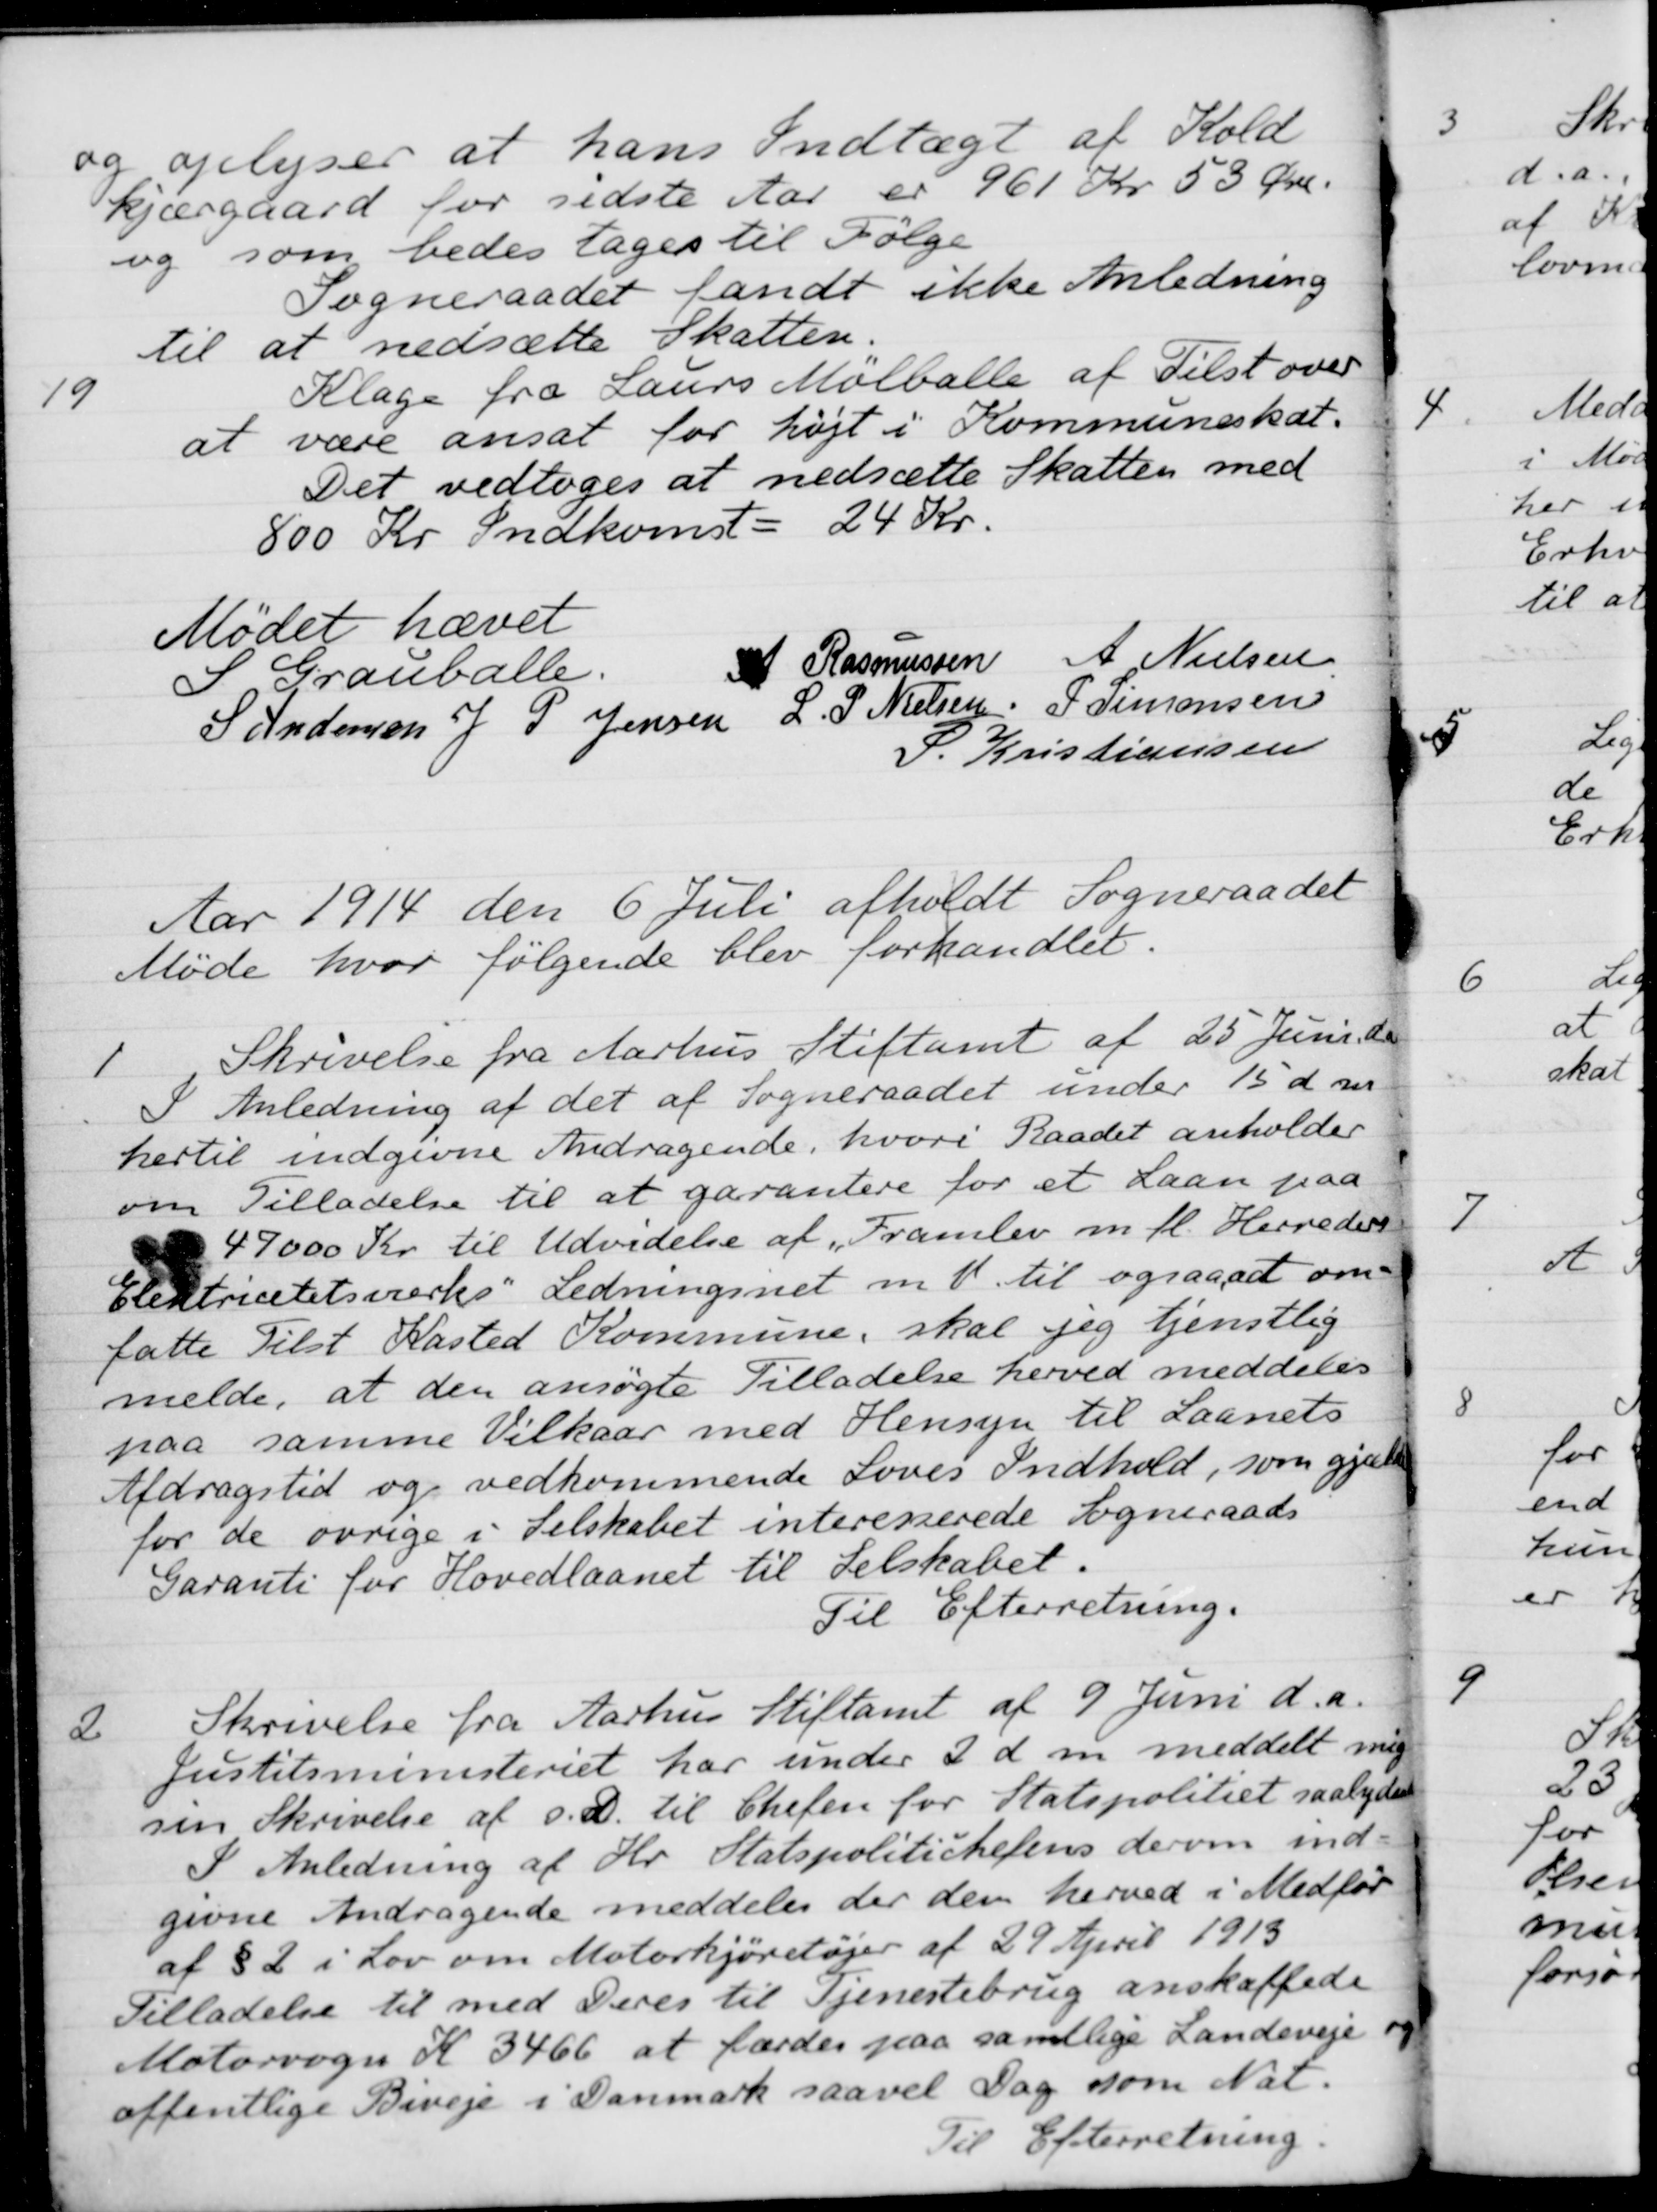
Transskription:
og oplyser at hans Indtægt af Kold
kjærgaard for sidste Aar er 961 Kr 53 Øre.
og som bedes tages til Følge
Sogneraadet fandt ikke Anledning
til at nedsætte Skatten.
19
Klage fra Laurs Mølballe af Tilst over
at være ansat for højt i Kommuneskat.
Det vedtoges at nedsætte Skatten med
800 Kr Indkomst = 24 Kr.
Mødet hævet
S Grauballe.
A. Rasmussen
A Nielsen
S Andersen
J. P. Jensen
L. P. Nielsen
P Simonsen
S. Kristiansen
Aar 1914 den 6 Juli afholdt Sogneraadet
Møde hvor følgende blev forhandlet.
1
Skrivelse fra Aarhus Stiftamt af 25 Juni d a
I Anledning af det af Sogneraadet under 15 d m
hertil indgivne Andragende, hvori Raadet anholder
om Tilladelse til at garantere for et Laan paa
47000 Kr. til Udvidelse af "Framlev m. fl. Herreders
Elestricitetsværks" Ledningsnet m. v. til ogsaa at om-
fatte Tilst Kasted Kommune, skal jeg tjenstlig
melde, at den ansøgte Tilladelse herved meddeles
paa samme Vilkaar med Hensyn til Laanets 
Afdragstid og vedkommende Loves Indhold, som gjælder
for de øvrige i Selskabet interesserede Sogneraads
Garanti for Hovedlaanet til Selskabet.
Til Efterretning.
2
Skrivelse fra Aarhus Stiftamt af 9 Juni d.a.
Justitsministeriet har under 2 d. m. meddelt mig
sin Skrivelse af s. D. til Chefen for Statspolitiet saalydende
I Anledning af Hr. Statspolitichefens derom ind-
givne Andragende meddeles der dem herved i Medfør
af § 2 i Lov om Motorkjøretøjer af 29 April 1913
Tilladelse til med Deres til Tjenestebrug anskaffede
Motorvogn K 3466 at færdes paa samtlige Landeveje og
offentlige Biveje i Danmark saavel Dag som Nat.
Til Efterretning.